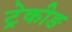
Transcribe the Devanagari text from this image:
ट्रेकीङ